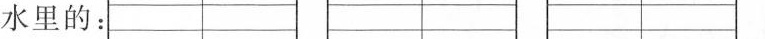
水里的：